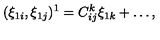
( \xi _ { 1 i } , \xi _ { 1 j } ) ^ { 1 } = C _ { i j } ^ { k } \xi _ { 1 k } + \ldots ,